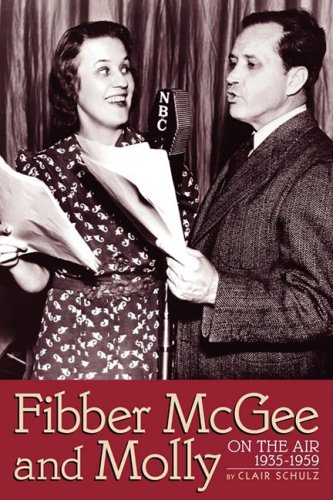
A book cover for Fibber McGee & Molly, on the Air 1935-1959; Clair Schulz; Humor & Entertainment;